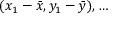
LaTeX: ( x _ { 1 } - { \bar { x } } , y _ { 1 } - { \bar { y } } ) , \dots